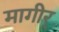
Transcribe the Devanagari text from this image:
मागीर्